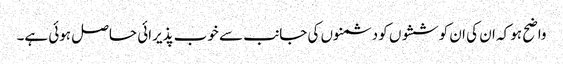
واضح ہو کہ ان کی ان کوششوں کو دشمنوں کی جانب سے خوب پذیرائی حاصل ہوئی ہے۔